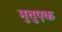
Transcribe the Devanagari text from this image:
मुत्तुएक